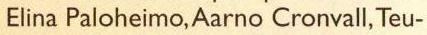
Elina Paloheimo,Aarno Cronvall,Teu-